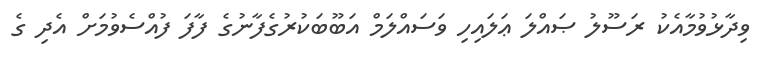
ވިދާޅުވުމާއެކު ރަސޫލު ޞައްލަ ޢަލައިހި ވަސައްލަމް އަބޫބަކުރުގެފާނުގެ ފާފަ ފުއްސެވުމަށް އެދި ގެ